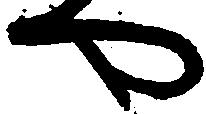
や